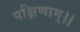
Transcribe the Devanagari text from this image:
पक्षिणाम्।।